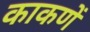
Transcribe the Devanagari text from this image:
काकणें